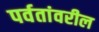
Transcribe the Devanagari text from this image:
पर्वतांवरील